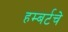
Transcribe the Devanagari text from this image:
हम्बर्टचे